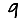
Digit: 9